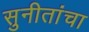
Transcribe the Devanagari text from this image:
सुनीतांचा